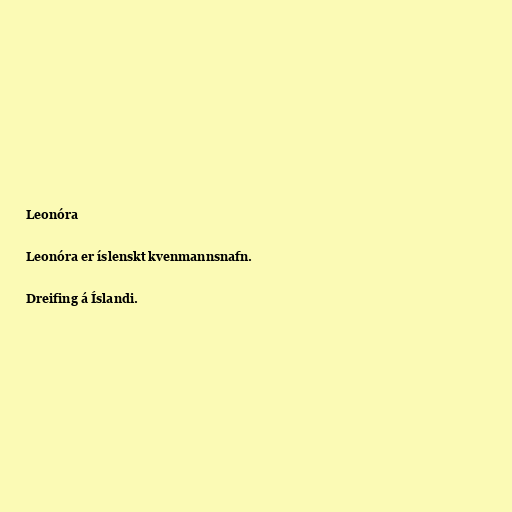
Leonóra

Leonóra er íslenskt kvenmannsnafn.

Dreifing á Íslandi.